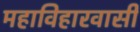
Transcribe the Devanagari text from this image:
महाविहारवासी